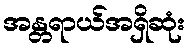
အန္တရာယ်အရှိဆုံး